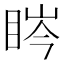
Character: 𥆱